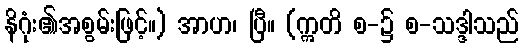
နိဂုံး၏အစွမ်းဖြင့်။) အာဟ၊ ပြီ။ (ဣတိ စ-၌ စ-သဒ္ဒါသည်